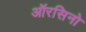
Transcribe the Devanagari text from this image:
ऑरसिनो